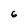
Character: 6